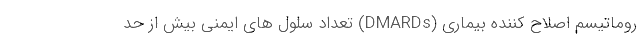
روماتیسم اصلاح کننده بیماری (DMARDs) تعداد سلول های ایمنی بیش از حد